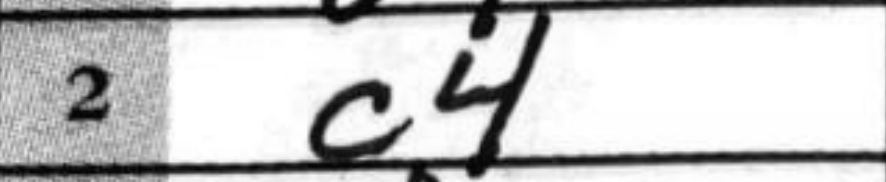
Transcription: c4